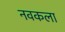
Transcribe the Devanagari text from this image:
नवकला